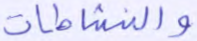
والناشطات